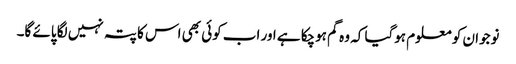
نوجوان کو معلوم ہوگیا کہ وہ گم ہوچکا ہے اور اب کوئی بھی اس کا پتہ نہیں لگا پائے گا۔